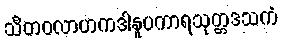
သီတဝလာဟကဒါနူပကာရသုတ္တဒသကံ